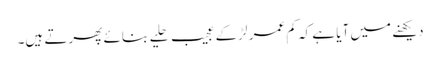
دیکھنے میں آیا ہے کہ کم عمر لڑکے عجیب حلیے بنائے پھرتے ہیں۔